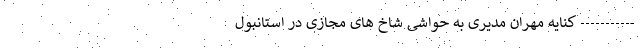
----------- کنایه مهران مدیری به حواشی شاخ های مجازی در استانبول